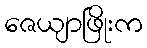
ဇေယျာဖြိုးက